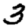
Digit: 3